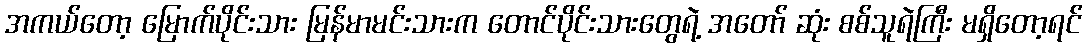
အကယ်တော့ မြောက်ပိုင်းသား မြန်မာမင်းသားက တောင်ပိုင်းသားတွေရဲ့ အတော် ဆုံး စစ်သူရဲကြီး မရှိတော့ရင်